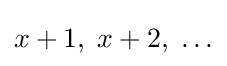
x+1,\;x+2,\;\ldots